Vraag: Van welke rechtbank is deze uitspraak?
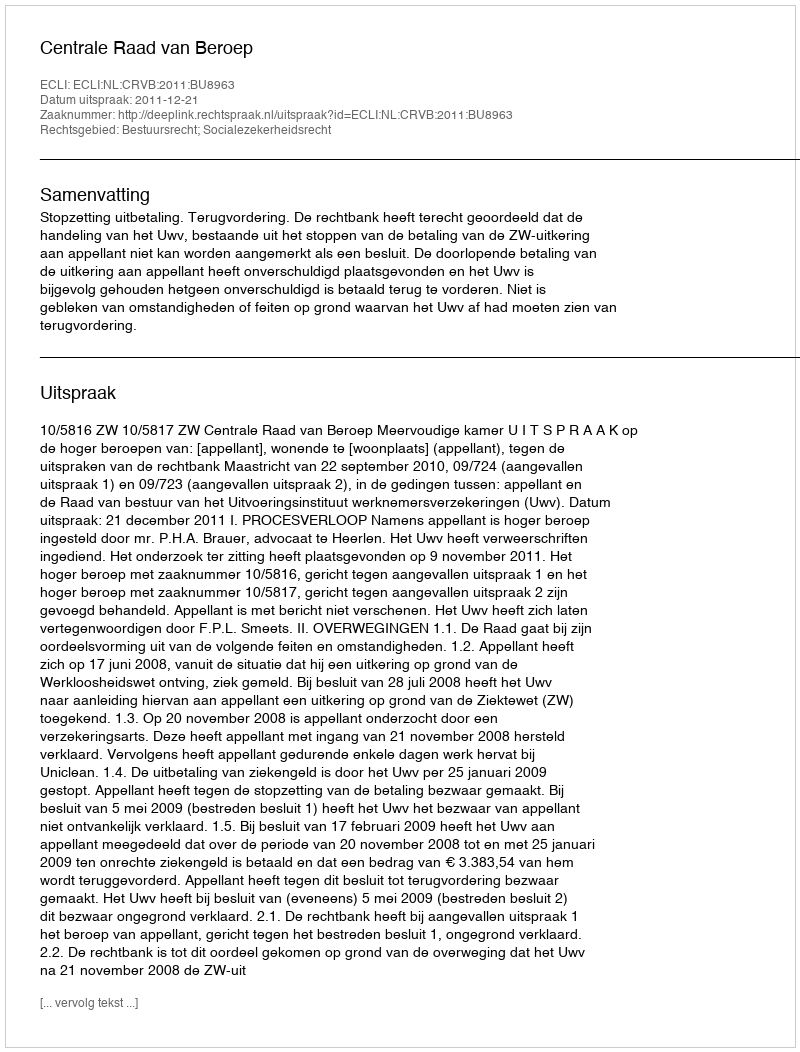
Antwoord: Centrale Raad van Beroep